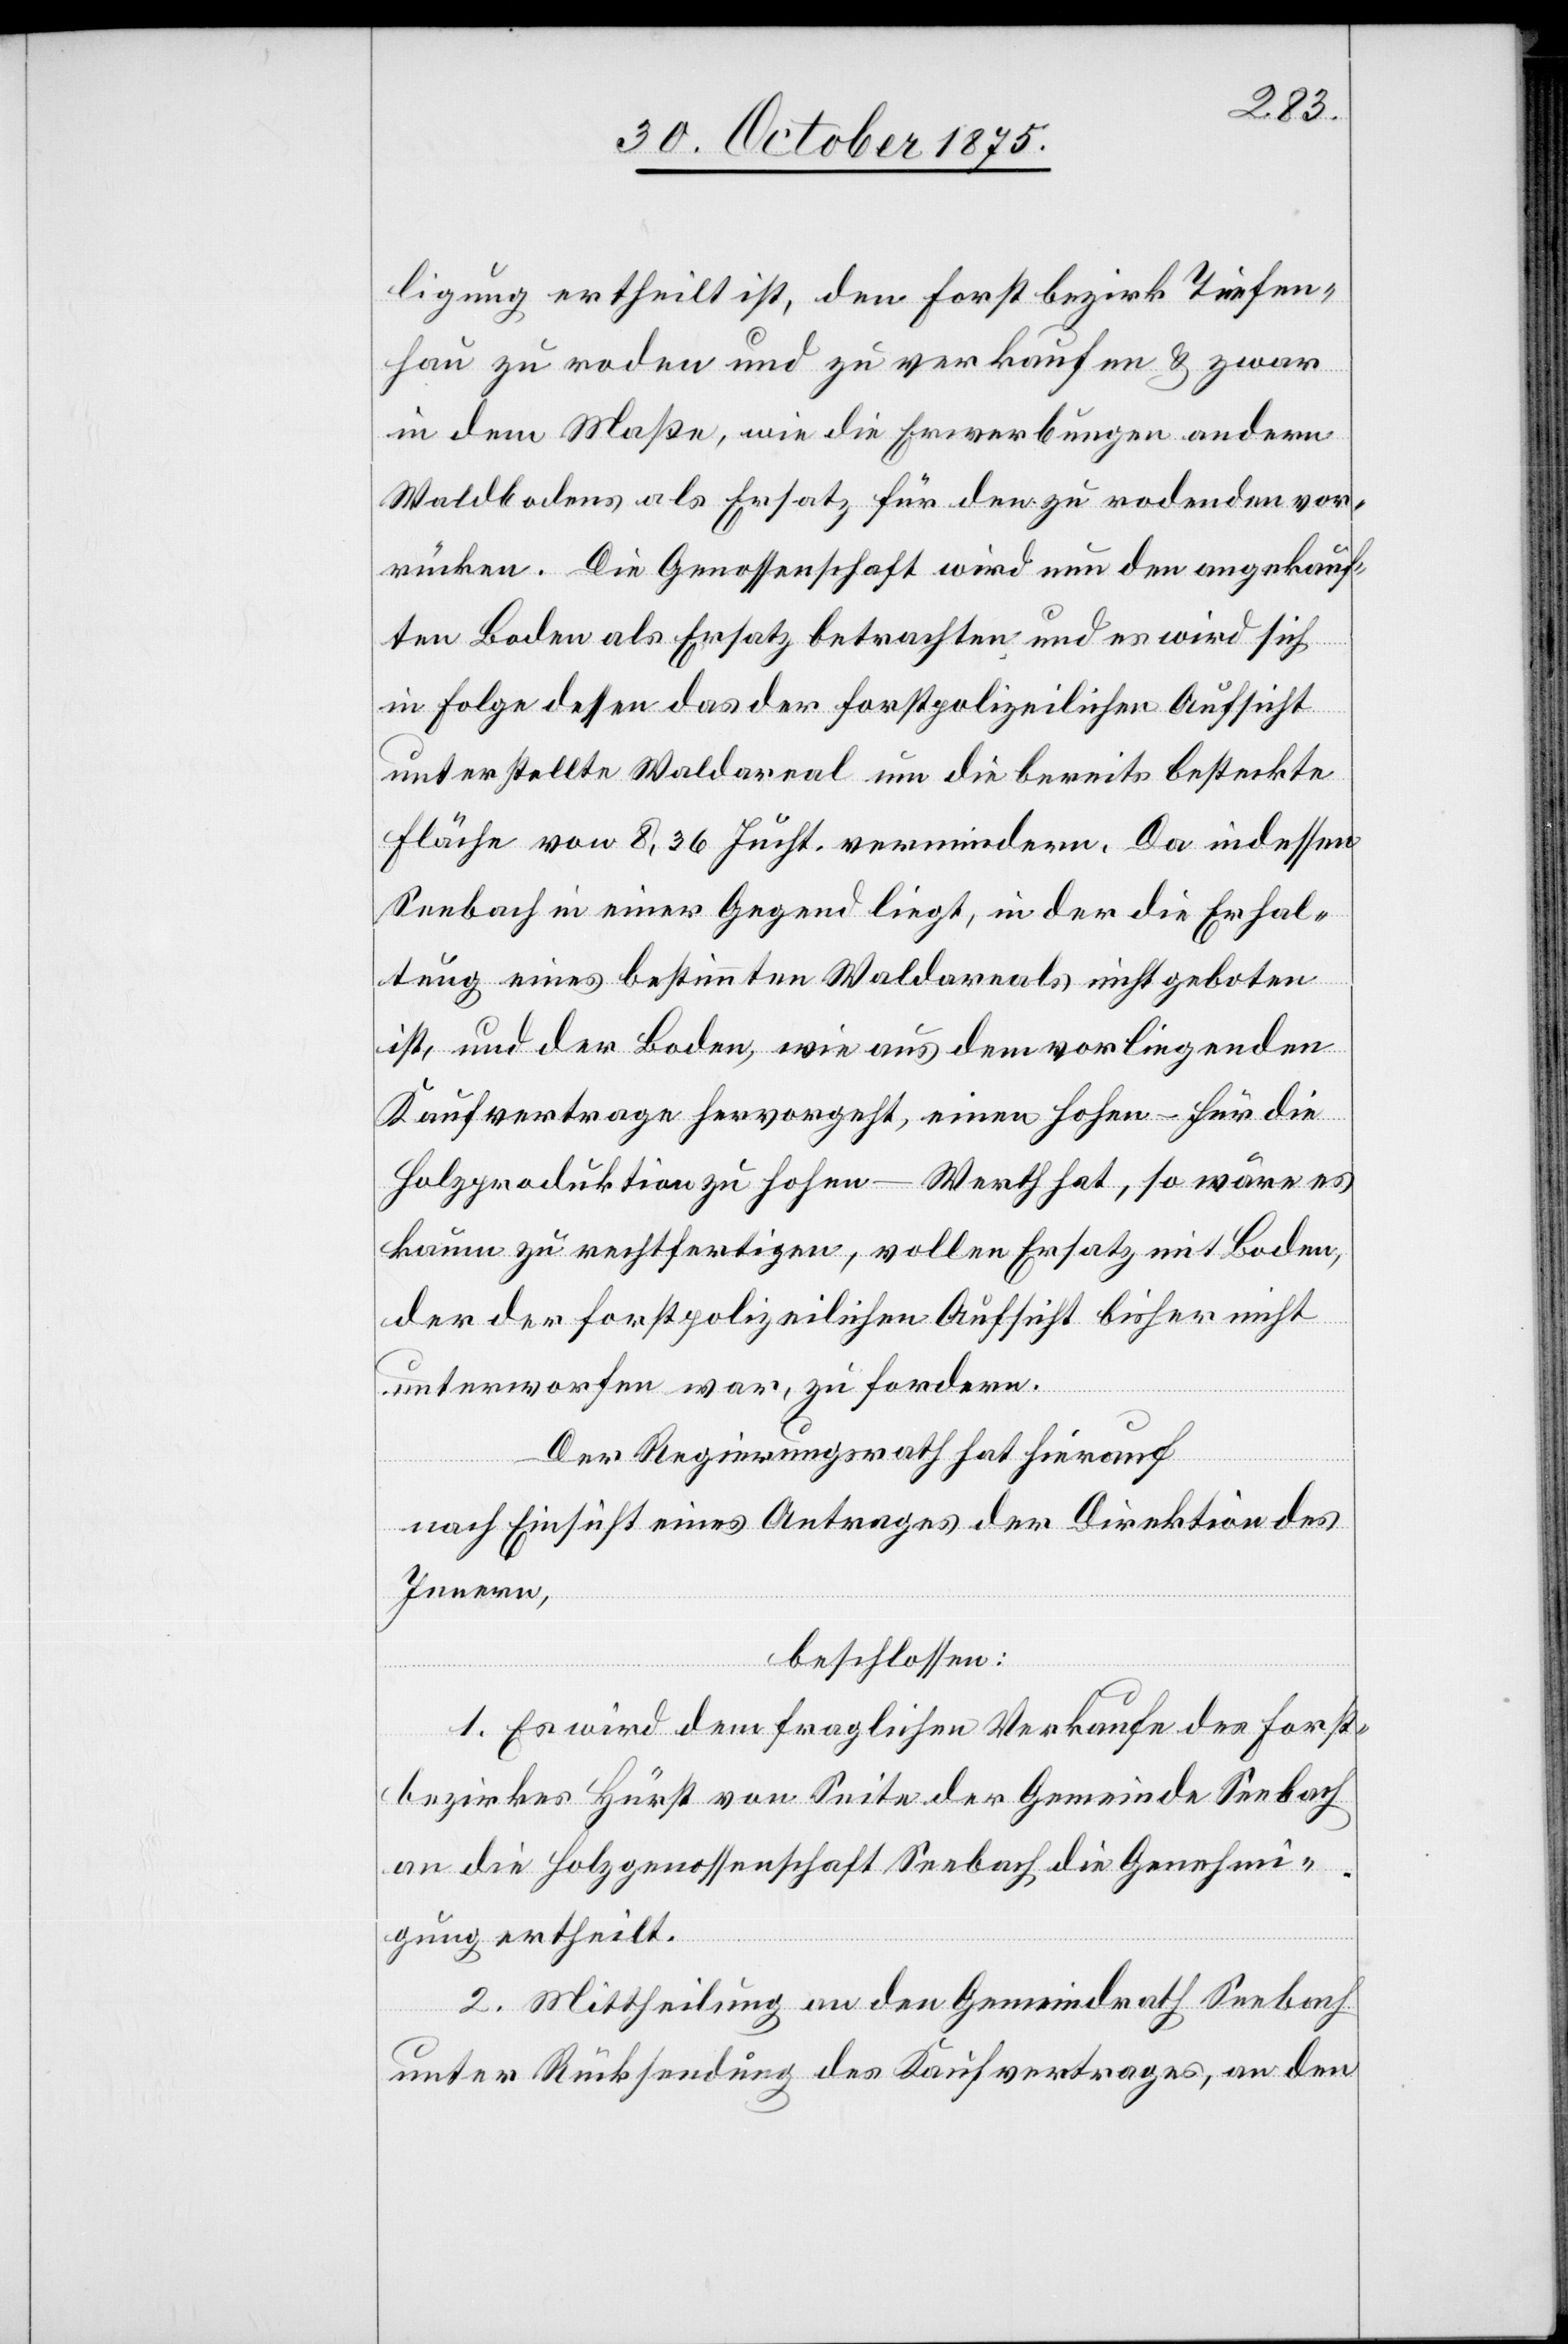
ligung ertheilt ist, den Forstbezirk Tiefen¬
hau zu roden und zu verkaufen & zwar
in dem Maße, wie die Erwerbungen andern
Waldbodens als Ersatz für den zu rodenden vor¬
rücken. Die Genossenschaft wird nun den angekauf¬
ten Boden als Ersatz betrachten und es wird sich
in Folge dessen das der forstpolizeilichen Aufsicht
unterstellte Waldareal um die bereits besteckte
Fläche von 8,36 Jucht. vermindern. Da indessen
Seebach in einer Gegend liegt, in der die Erhal¬
tung eines bestimmten Waldareals nicht geboten
ist, und der Boden, wie aus dem vorliegenden
Kaufvertrage hervorgeht, einen hohen – für die
Holzproduktion zu hohen – Werth hat, so wäre es
kaum zu rechtfertigen, vollen Ersatz mit Boden,
der der forstpolizeilichen Aufsicht bisher nicht
unterworfen war, zu fordern.
Der Regierungsrath hat hierauf
nach Einsicht eines Antrages der Direktion des
Innern,
beschlossen:
1. Es wird dem fraglichen Verkaufe des Forst¬
bezirkes Hürst von Seite der Gemeinde Seebach
an die Holzgenossenschaft Seebach die Genehmi¬
gung ertheilt.
2. Mittheilung an den Gemeindrath Seebach
unter Rücksendung des Kaufvertrages, an den